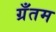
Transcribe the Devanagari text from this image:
ग्रँतम